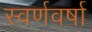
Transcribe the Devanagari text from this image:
स्वर्णवर्षा